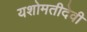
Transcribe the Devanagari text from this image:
यशोमतीदेवी